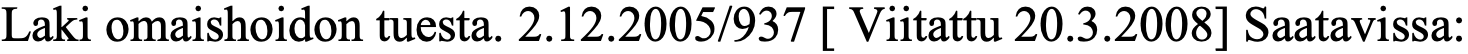
Laki omaishoidon tuesta. 2.12.2005/937 [ Viitattu 20.3.2008] Saatavissa: